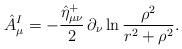
LaTeX: \begin{align*}\hat{A}_\mu ^I =- \frac{\hat{\eta}_{\mu \nu }^+}2 \,\partial_\nu \ln \frac{\rho^2}{r^2+\rho^2} .\end{align*}